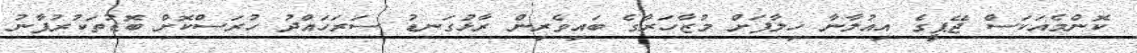
ކޮންމެއަކަސް ޖޭޕީގެ އިއުލާނާ ޚިލާފަށް މުޒާހަރާގެ ބަައިވެރިން ރާޅުގަނޑު ސަރަހައްދު ހުރަސްކޮށް ބޮޑުތަކުރުފާނު